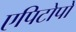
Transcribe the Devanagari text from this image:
एपिटोपों